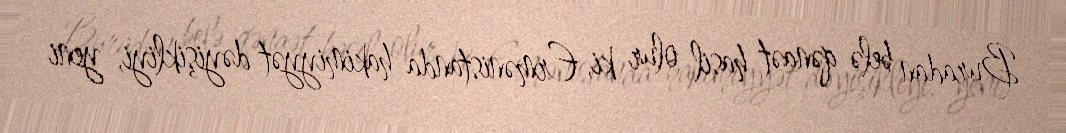
Buradan belə qənaət hasil olur ki, Ermənistanda hakimiyyət dəyişikliyi, yeni